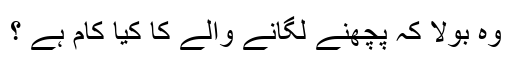
وہ بولا کہ پچھنے لگانے والے کا کیا کام ہے ؟